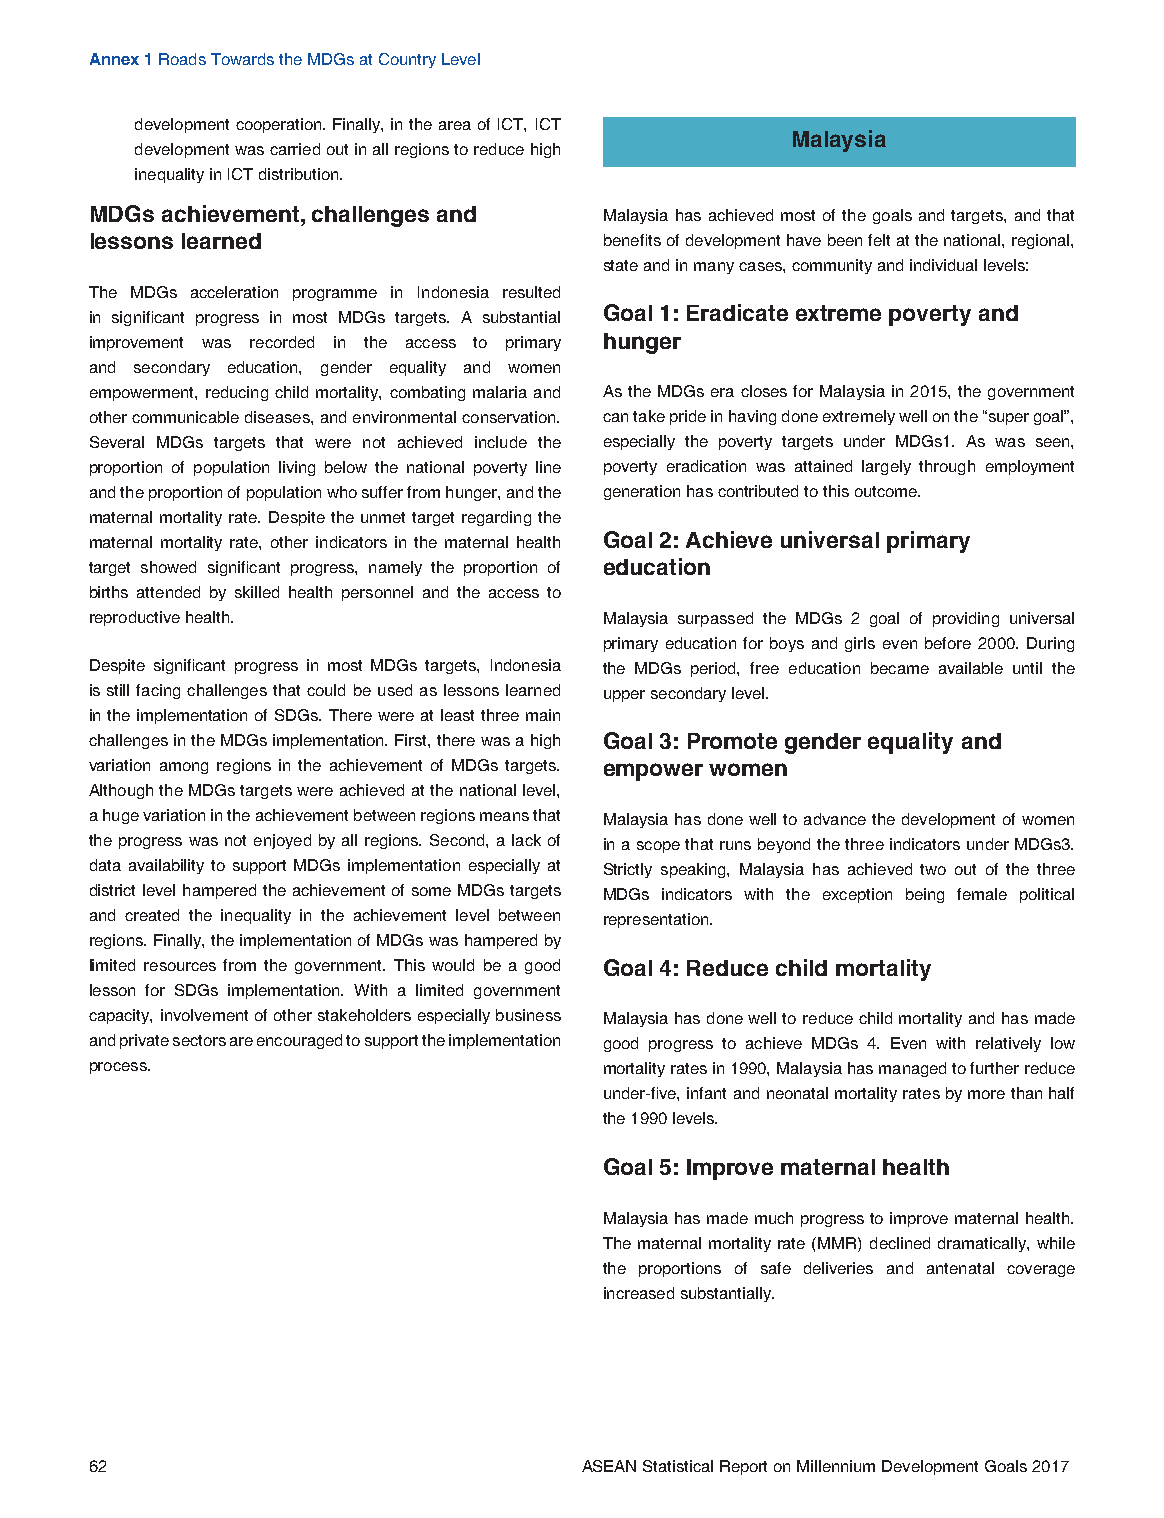
Annex 1 Roads Towards the MDGs at Country Level
 development cooperation. Finally, in the area of ICT, ICT
 Malaysia
 development was carried out in all regions to reduce high
 inequality in ICT distribution.
 MDGs achievement, challenges and  Malaysia has achieved most of the goals and targets, and that
 lessons learned                   benefits of development have been felt at the national, regional,
 state and in many cases, community and individual levels:
 The MDGs acceleration programme in Indonesia resulted
 Goal 1: Eradicate extreme poverty and
 in significant progress in most MDGs targets. A substantial
 improvement was recorded in the access to primary hunger
 and secondary education, gender equality and women
 empowerment, reducing child mortality, combating malaria and As the MDGs era closes for Malaysia in 2015, the government
 other communicable diseases, and environmental conservation. can take pride in having done extremely well on the “super goal”,
 Several MDGs targets that were not achieved include the especially the poverty targets under MDGs1. As was seen,
 proportion of population living below the national poverty line poverty eradication was attained largely through employment
 and the proportion of population who suffer from hunger, and the generation has contributed to this outcome.
 maternal mortality rate. Despite the unmet target regarding the
 maternal mortality rate, other indicators in the maternal health Goal 2: Achieve universal primary
 target showed significant progress, namely the proportion of education
 births attended by skilled health personnel and the access to
 reproductive health.              Malaysia surpassed the MDGs 2 goal of providing universal
 primary education for boys and girls even before 2000. During
 Despite significant progress in most MDGs targets, Indonesia the MDGs period, free education became available until the
 is still facing challenges that could be used as lessons learned upper secondary level.
 in the implementation of SDGs. There were at least three main
 challenges in the MDGs implementation. First, there was a high Goal 3: Promote gender equality and
 variation among regions in the achievement of MDGs targets. empower women
 Although the MDGs targets were achieved at the national level,
 a huge variation in the achievement between regions means that Malaysia has done well to advance the development of women
 the progress was not enjoyed by all regions. Second, a lack of in a scope that runs beyond the three indicators under MDGs3.
 data availability to support MDGs implementation especially at Strictly speaking, Malaysia has achieved two out of the three
 district level hampered the achievement of some MDGs targets MDGs indicators with the exception being female political
 and created the inequality in the achievement level between representation.
 regions. Finally, the implementation of MDGs was hampered by
 limited resources from the government. This would be a good Goal 4: Reduce child mortality
 lesson for SDGs implementation. With a limited government
 capacity, involvement of other stakeholders especially business Malaysia has done well to reduce child mortality and has made
 and private sectors are encouraged to support the implementation good progress to achieve MDGs 4. Even with relatively low
 process.                          mortality rates in 1990, Malaysia has managed to further reduce
 under-five, infant and neonatal mortality rates by more than half
 the 1990 levels.
 Goal 5: Improve maternal health
 Malaysia has made much progress to improve maternal health.
 The maternal mortality rate (MMR) declined dramatically, while
 the proportions of safe deliveries and antenatal coverage
 increased substantially.
 62                              ASEAN Statistical Report on Millennium Development Goals 2017